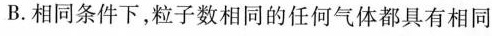
B.相同条件下，粒子数相同的任何气体都具有相同